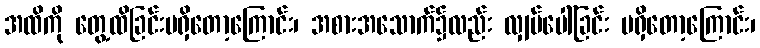
အထိကို တွေ့ထိခြင်းမရှိတော့ကြောင်း၊ အစားအသောက်၌လည်း လျှပ်ပေါ်ခြင်း မရှိတော့ကြောင်း၊